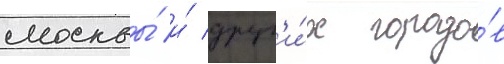
москвы́ и́ друг'и́х городо́в